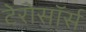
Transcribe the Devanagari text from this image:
टेरोसॉर्स